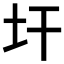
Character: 𱖇